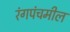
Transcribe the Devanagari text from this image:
रंगपंचमील